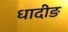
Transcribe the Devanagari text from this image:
धादीङ